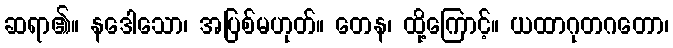
ဆရာ၏။ နဒေါသော၊ အပြစ်မဟုတ်။ တေန၊ ထို့ကြောင့်။ ယထာဂုတဂတော၊